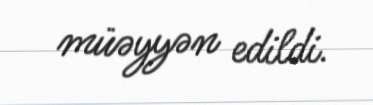
müəyyən edildi.